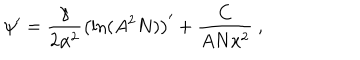
LaTeX: \psi ^ { \prime } = \frac { \gamma } { 2 \alpha ^ { 2 } } \left( \ln ( A ^ { 2 } N ) \right) ^ { \prime } + \frac { C } { A N x ^ { 2 } } \ ,